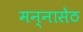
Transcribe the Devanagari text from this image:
मन्नासेठ